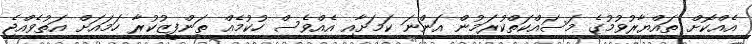
އެއްކޮށް ތައްޔާރުވުމުގެ މަސައްކަތްކުރަމުން އަންނަ ކަމަށާއި އެއްވެސް ހުކުމެއް ތަންފީޒުކުރާ ހަމައަށް އަތުވެއްޖެ